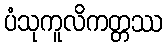
ပံသုကူလိကတ္တဿ